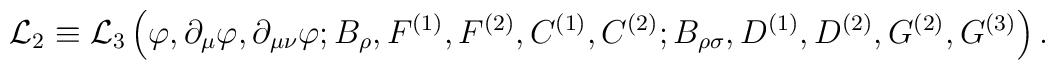
{\cal L}_{2} \equiv{\cal L}_{3}\left( \varphi, \partial_{\mu}\varphi, \partial_{\mu\nu}\varphi;            B_{\rho}, F^{(1)}, F^{(2)}, C^{(1)}, C^{(2)};            B_{\rho\sigma}, D^{(1)}, D^{(2)}, G^{(2)}, G^{(3)}     \right) .